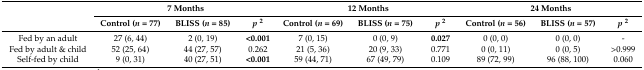
| <ROWSPAN=2>  | <COLSPAN=3> 7 Months | <COLSPAN=3> 12 Months | <COLSPAN=3> 24 Months |
 | Control (n = 77) | BLISS (n = 85) | p2 | Control (n = 69) | BLISS (n = 75) | p2 | Control (n = 56) | BLISS (n = 57) | p2 |
 | --- | --- | --- | --- | --- | --- | --- | --- | --- | --- |
 | Fed by an adult | 27 (6, 44) | 2 (0, 19) | <0.001 | 7 (0, 15) | 0 (0, 9) | 0.027 | 0 (0, 0) | 0 (0, 0) | - |
 | Fed by adult & child | 52 (25, 64) | 44 (27, 57) | 0.262 | 21 (5, 36) | 20 (9, 33) | 0.771 | 0 (0, 11) | 0 (0, 5) | >0.999 |
 | Self-fed by child | 9 (0, 31) | 40 (27, 51) | <0.001 | 59 (44, 71) | 67 (49, 79) | 0.109 | 89 (72, 99) | 96 (88, 100) | 0.060 |